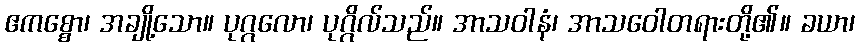
ဧကစ္စော၊ အချို့သော။ ပုဂ္ဂလော၊ ပုဂ္ဂိလ်သည်။ အာသဝါနံ၊ အာသဝေါတရားတို့၏။ ခယာ၊